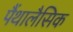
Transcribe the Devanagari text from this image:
पैंथालैसिक